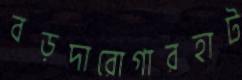
বড়দারোগারহাট